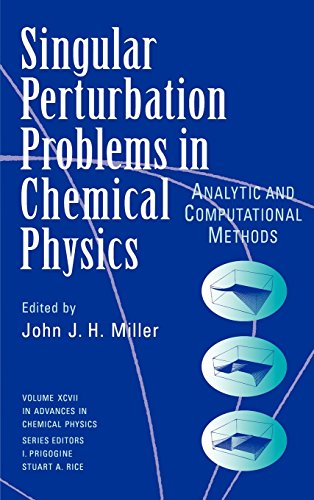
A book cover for Advances in Chemical Physics, Single Perturbation Problems in Chemical Physics: Analytic and Computational Methods (Volume 97); Science & Math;